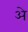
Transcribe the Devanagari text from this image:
अे